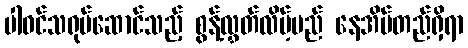
ပါဝင်သရုပ်ဆောင်သည့် စွန့်လွှတ်လိမ့်မည် နေအိမ်တည်ရှိရာ